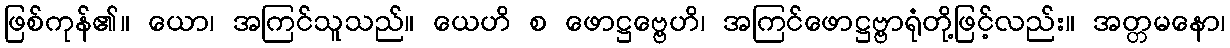
ဖြစ်ကုန်၏။ ယော၊ အကြင်သူသည်။ ယေဟိ စ ဖောဋ္ဌဗ္ဗေဟိ၊ အကြင်ဖောဋ္ဌဗ္ဗာရုံတို့ဖြင့်လည်း။ အတ္တမနော၊